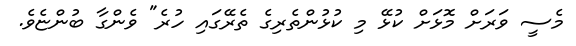
މެސީ ވަރަށް މޮޅަށް ކުޅޭ މި ކުޅުންތެރިގެ ތެރޭގައި ހުރެ" ވެންގާ ބުންޏެވެ.